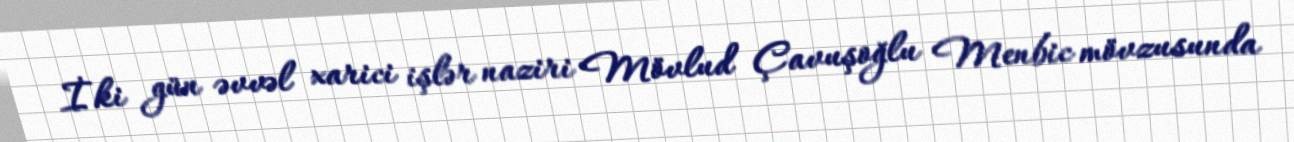
İki gün əvvəl xarici işlər naziri Mövlud Çavuşoğlu Menbic mövzusunda